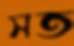
সত